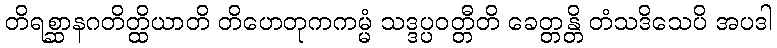
တိရစ္ဆာနဂတိတ္ထိယာတိ တိဟေတုကကမ္မံ သဒ္ဒပ္ပဝတ္တီတိ ခေတ္တန္တိ တံသဒိသေပိ အပဒါ